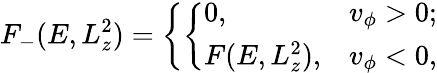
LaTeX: F_{-}(E,L_{z}^{2})=\left\{ \left\{ \begin{array}{ll}{{0,}}&{{v_{\phi}>0;}}\\ {{F(E,L_{z}^{2}),}}&{{v_{\phi}<0,}}\end{array}\right.\right.